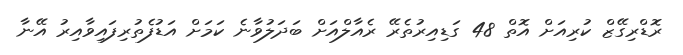
ރޮޑްރިގޭޒް ކުރިއަށް އޮތް 48 ގަޑިއިރުތެރޭ ރެއާލްއަށް ބަދަލުވާނެ ކަމަށް އަޑުފެތުރިފައިވާއިރު އޭނާ